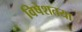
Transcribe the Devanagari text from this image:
विषेशतया